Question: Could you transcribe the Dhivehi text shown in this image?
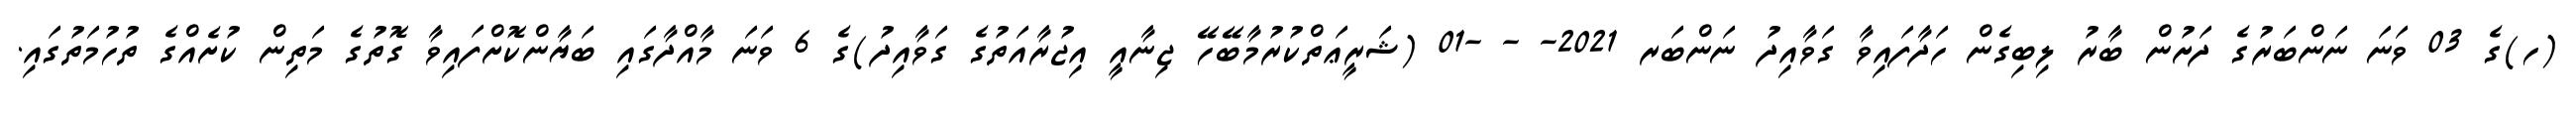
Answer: (ހ)ގެ 03 ވަނަ ނަންބަރުގެ ދަށުން ބާރު ލިބިގެން ހަދާފައިވާ ގަވާއިދު ނަންބަރ 2021- - -01 (ޝަރީޢަތްކުރުމާބޭހޭ ޖިނާއީ އިޖުރާއަތުގެ ގަވާއިދު)ގެ 6 ވަނަ މާއްދާގައި ބަޔާންކޮށްފައިވާ ގޮތުގެ މަތިން ކުށެއްގެ ތުހުމަތުގައި.